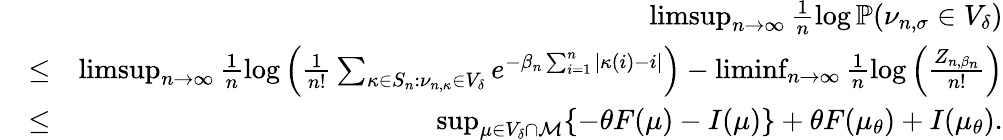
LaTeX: \begin{array}{rlr}&{}&{\operatorname*{limsup}_{n\rightarrow\infty}\frac{1}{n}\log{\mathbb{P}(\nu_{n,\sigma}\in V_{\delta})}}\\ &{\leq}&{\operatorname*{limsup}_{n\rightarrow\infty}\frac{1}{n}\log\Big(\frac{1}{n!}\sum_{\kappa\in S_{n}:\nu_{n,\kappa}\in V_{\delta}}e^{-\beta_{n}\sum_{i=1}^{n}|\kappa(i)-i|}\Big)-\operatorname*{liminf}_{n\rightarrow\infty}\frac{1}{n}\log\Big(\frac{Z_{n,\beta_{n}}}{n!}\Big)}\\ &{\leq}&{\operatorname*{sup}_{\mu\in V_{\delta}\cap\mathcal{M}}\{ -\theta F(\mu)-I(\mu)\} +\theta F(\mu_{\theta})+I(\mu_{\theta}).}\end{array}